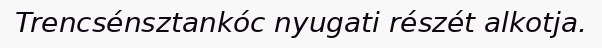
Trencsénsztankóc nyugati részét alkotja.